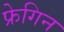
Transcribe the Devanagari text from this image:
फ्रेगिन